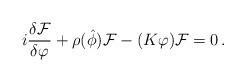
LaTeX: \begin{align*}i\frac{\delta{\cal F}}{\delta\varphi} + \rho ({\hat \phi} ) {\cal F}-(K\varphi){\cal F}=0\,.\end{align*}